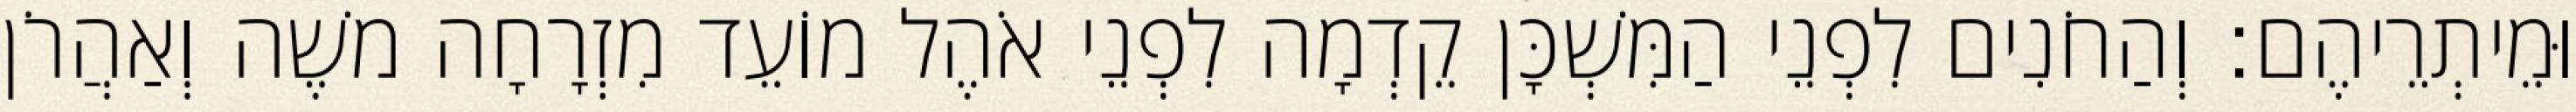
וּמֵיתְרֵיהֶם׃ וְהַחֹנִים לִפְנֵי הַמִּשְׁכָּן קֵדְמָה לִפְנֵי אֹהֶל מוֹעֵד מִזְרָחָה משֶׁה וְאַהֲרֹן